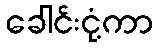
ခေါင်းငုံ့ကာ